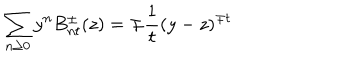
\sum _ { n \geq 0 } y ^ { n } B _ { n t } ^ { \pm } ( z ) = \mp { \frac { 1 } { t } } ( y - z ) ^ { \mp t }